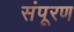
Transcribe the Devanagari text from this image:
संपूरण